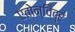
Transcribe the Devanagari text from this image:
एतोन्विंद्रं